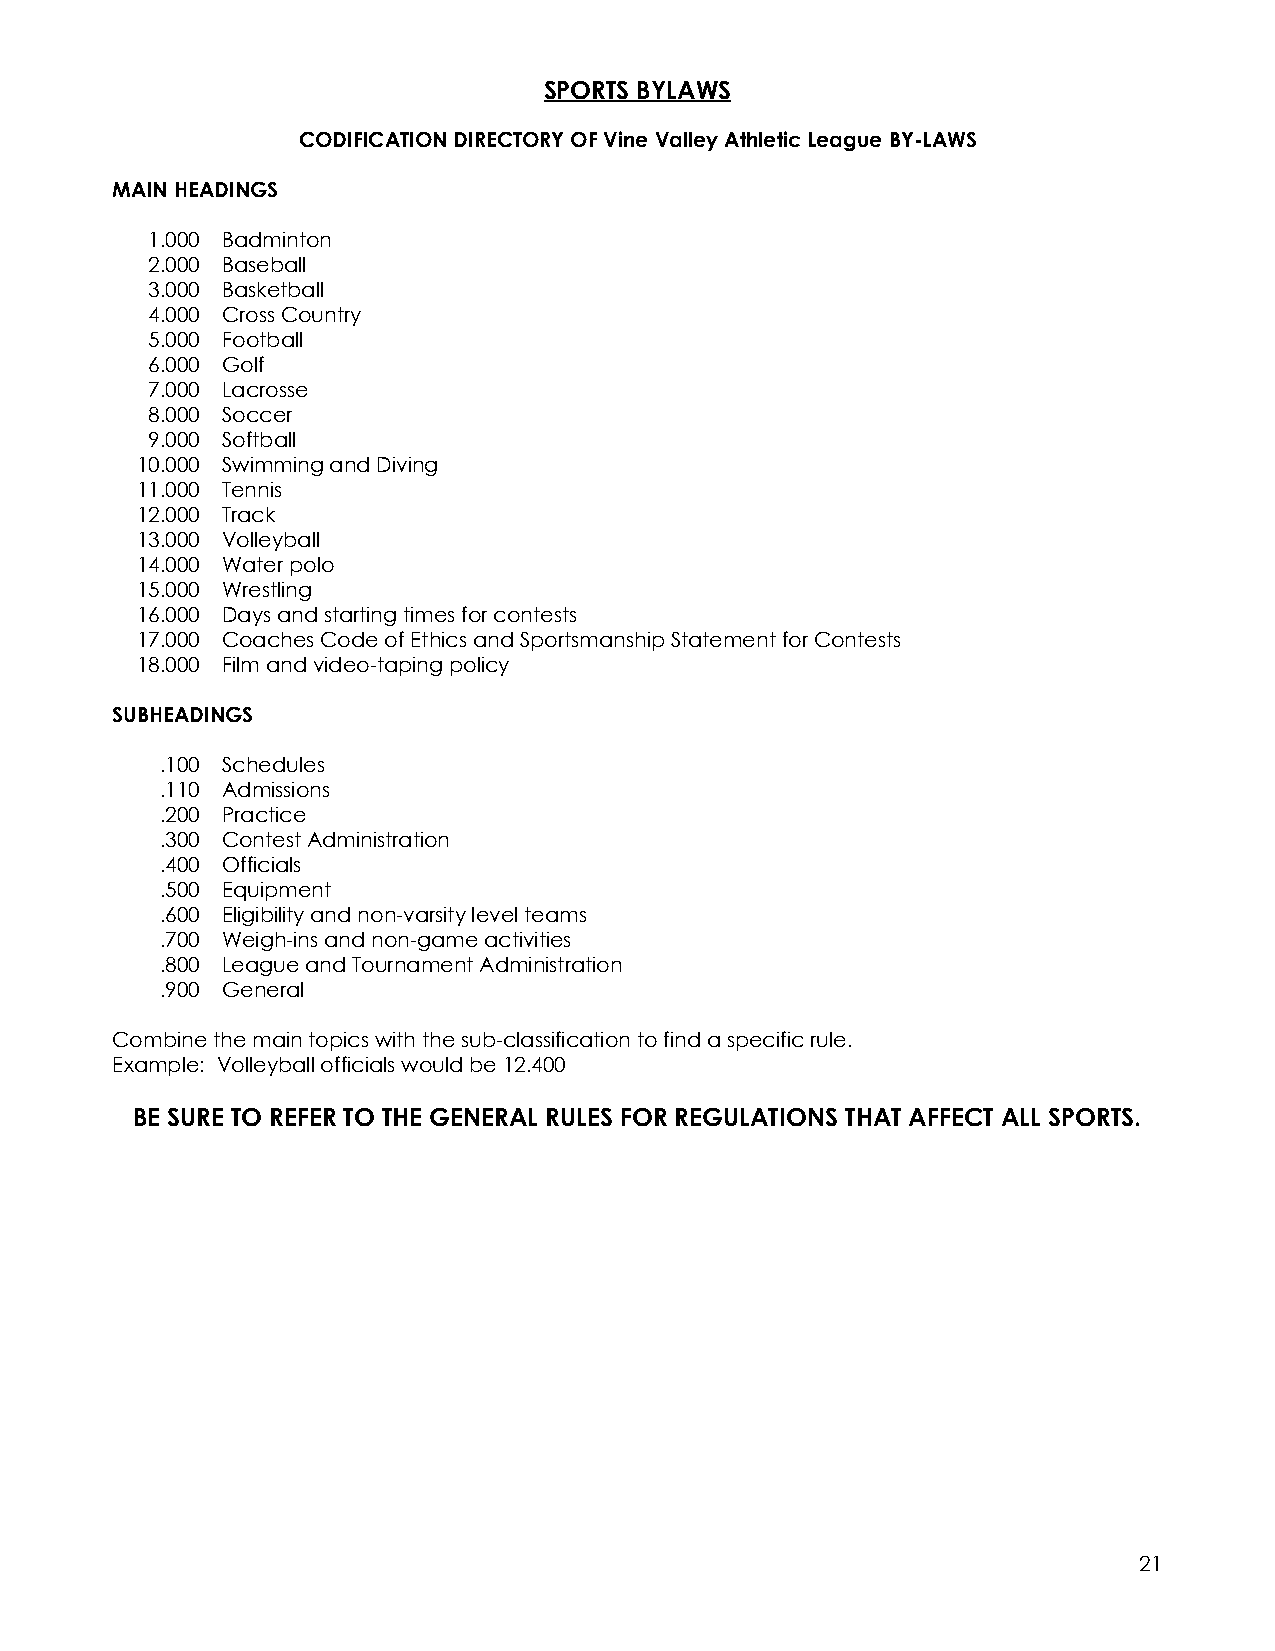
SPORTS BYLAWS
 CODIFICATION DIRECTORY OF Vine Valley Athletic League BY-LAWS
 MAIN HEADINGS
 1.000 Badminton
 2.000 Baseball
 3.000 Basketball
 4.000 Cross Country
 5.000 Football
 6.000 Golf
 7.000 Lacrosse
 8.000 Soccer
 9.000 Softball
 10.000 Swimming and Diving
 11.000 Tennis
 12.000 Track
 13.000 Volleyball
 14.000 Water polo
 15.000 Wrestling
 16.000 Days and starting times for contests
 17.000 Coaches Code of Ethics and Sportsmanship Statement for Contests
 18.000 Film and video-taping policy
 SUBHEADINGS
 .100 Schedules
 .110 Admissions
 .200 Practice
 .300 Contest Administration
 .400 Officials
 .500 Equipment
 .600 Eligibility and non-varsity level teams
 .700 Weigh-ins and non-game activities
 .800 League and Tournament Administration
 .900 General
 Combine the main topics with the sub-classification to find a specific rule.
 Example: Volleyball officials would be 12.400
 BE SURE TO REFER TO THE GENERAL RULES FOR REGULATIONS THAT AFFECT ALL SPORTS.
 21